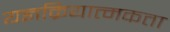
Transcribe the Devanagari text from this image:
यज्ञक्रियात्मकता